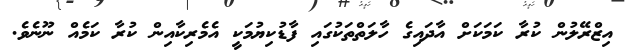
އިޒްރޭލުން ކުރާ ކަމަކަށް އާދައިގެ ހާލަތްތަކުގައި ފާޑުކިޔުމަކީ އެމެރިކާއިން ކުރާ ކަމެއް ނޫނެވެ.